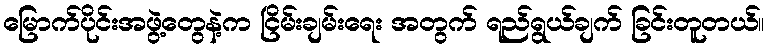
မြောက်ပိုင်းအဖွဲ့တွေနဲ့က ငြိမ်းချမ်းရေး အတွက် ရည်ရွယ်ချက် ခြင်းတူတယ်။